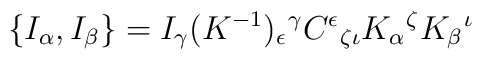
\{I_{\alpha }, I_{\beta }\}=I_{\gamma }(K^{-1})_{\epsilon }\hspace{0.1 mm}^{\gamma }C^{\epsilon }\hspace{0.1 mm}_{\zeta \iota }K_{\alpha }\hspace{0.1 mm}^{\zeta }K_{\beta }\hspace{0.1 mm}^{\iota }